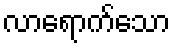
လာရောက်သော